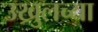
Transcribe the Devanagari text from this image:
उख्रुलच्या